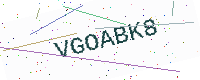
Text: VGOABK8